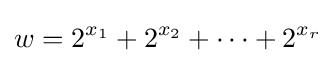
w=2^{x_{1}}+2^{x_{2}}+\cdots +2^{x_{r}}